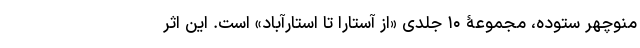
منوچهر ستوده، مجموعۀ ۱۰ جلدی «از آستارا تا استارآباد» است. این اثر